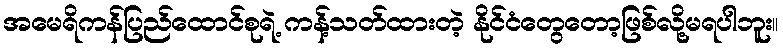
အမေရိကန်ပြည်ထောင်စုရဲ့ ကန့်သတ်ထားတဲ့ နိုင်ငံတွေတော့ဖြစ်လို့မရပါဘူး။